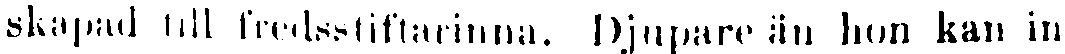
skapad till fredsstiftarinna. Djupare än hon kan in-